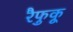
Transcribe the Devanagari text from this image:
रैफुकू